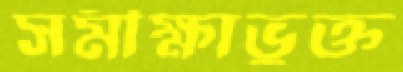
সমীক্ষাভুক্ত